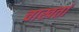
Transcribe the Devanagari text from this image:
चाखतां